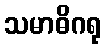
သမာဓိဂရု